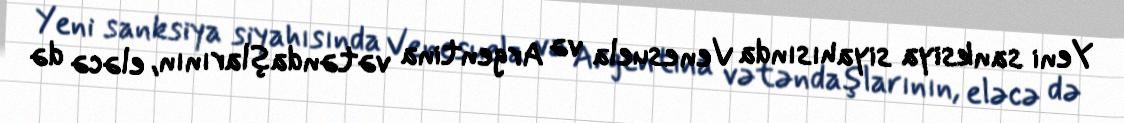
Yeni sanksiya siyahısında Venesuela və Argentina vətəndaşlarının, eləcə də